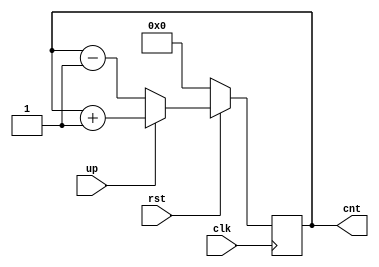
module synch_counter(clk,rst,up,cnt);
  input clk,rst;
  input up;
  output reg [3:0] cnt;
  always @ (posedge clk)
    begin 
      if(!rst)
        begin
          cnt<=0;
        end
      else
        begin
          
          if(up)
             cnt<=cnt+1;
          else
            cnt<=cnt-1;
        end 
    end
endmodule